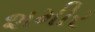
શમીર